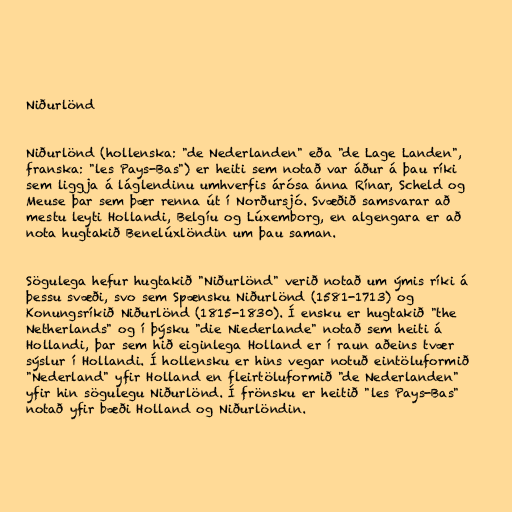
Niðurlönd

Niðurlönd (hollenska: "de Nederlanden" eða "de Lage Landen",
franska: "les Pays-Bas") er heiti sem notað var áður á þau ríki
sem liggja á láglendinu umhverfis árósa ánna Rínar, Scheld og
Meuse þar sem þær renna út í Norðursjó. Svæðið samsvarar að
mestu leyti Hollandi, Belgíu og Lúxemborg, en algengara er að
nota hugtakið Benelúxlöndin um þau saman.

Sögulega hefur hugtakið "Niðurlönd" verið notað um ýmis ríki á
þessu svæði, svo sem Spænsku Niðurlönd (1581-1713) og
Konungsríkið Niðurlönd (1815-1830). Í ensku er hugtakið "the
Netherlands" og í þýsku "die Niederlande" notað sem heiti á
Hollandi, þar sem hið eiginlega Holland er í raun aðeins tvær
sýslur í Hollandi. Í hollensku er hins vegar notuð eintöluformið
"Nederland" yfir Holland en fleirtöluformið "de Nederlanden"
yfir hin sögulegu Niðurlönd. Í frönsku er heitið "les Pays-Bas"
notað yfir bæði Holland og Niðurlöndin.